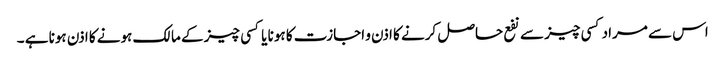
اس سے مراد کسی چیز سے نفع حاصل کرنے کا اذن و اجازت کا ہونا یا کسی چیز کے مالک ہونے کا اذن ہونا ہے ۔